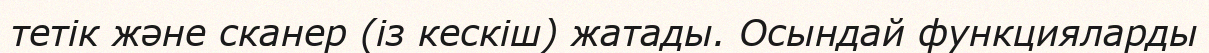
тетік және сканер (із кескіш) жатады. Осындай функцияларды